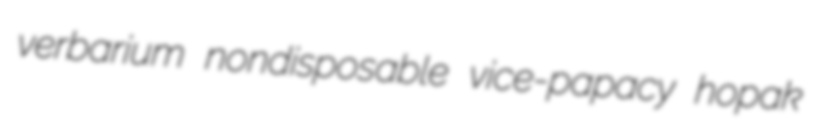
verbarium nondisposable vice-papacy hopak